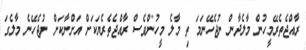
ރާއްޖެތެރޭމީހުން މާލެދާން ނުޖެހޭނަމަ ތި މާލެ މީހުންވެސް ރާއްޖެތެރެޔަކަށް އަށްނާކަށް ނުޖެހޭނެ މާލެގަ